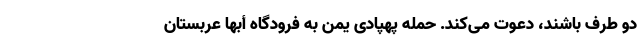
دو طرف باشند، دعوت می‌کند. حمله پهپادی یمن به فرودگاه أبها عربستان